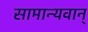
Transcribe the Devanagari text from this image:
सामान्यवान्